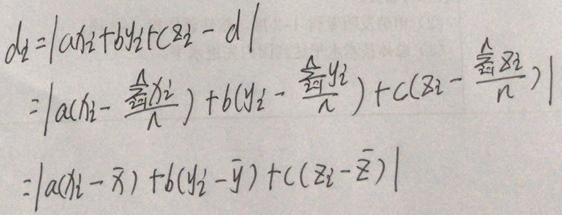
\[
\begin{align*}
d_{i}&=\vert ax_{i}+by_{i}+cz_{i}-d\vert\\
&=\left\vert a\left(x_{i}-\frac{\sum_{i = 1}^{n}x_{i}}{n}\right)+b\left(y_{i}-\frac{\sum_{i = 1}^{n}y_{i}}{n}\right)+c\left(z_{i}-\frac{\sum_{i = 1}^{n}z_{i}}{n}\right)\right\vert\\
&=\vert a(x_{i}-\bar{x})+b(y_{i}-\bar{y})+c(z_{i}-\bar{z})\vert
\end{align*}
\]